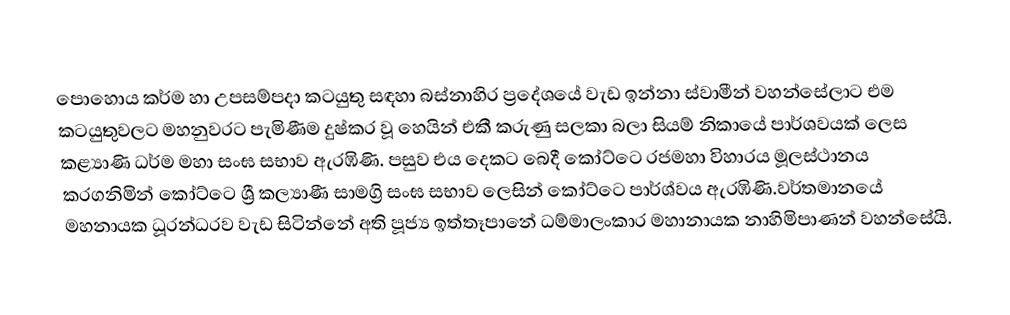
පොහොය කර්ම හා උපසම්පදා කටයුතු සඳහා බස්නාහිර ප්‍රදේශයේ වැඩ ඉන්නා ස්වාමීන් වහන්සේලාට එම කටයුතුවලට මහනුවරට පැමිණීම දුෂ්කර වූ හෙයින් එකී කරුණු සලකා බලා සියම් නිකායේ පාර්ශවයක් ලෙස කළ්‍යාණි ධර්ම මහා සංඝ සභාව ඇරඹිණි. පසුව එය දෙකට බෙදී කෝට්ටෙ  රජමහා විහාරය මූලස්ථානය කරගනිමින් කෝට්ටෙ ශ්‍රී කල්‍යාණී සාමග්‍රි සංඝ සභාව ලෙසින් කෝට්ටෙ පාර්ශ්වය ඇරඹිණි.වර්තමානයේ මහනායක ධූරන්ධරව වැඩ සිටින්නේ අති පූජ්‍ය ඉත්තෑපානේ ධම්මාලංකාර මහානායක නාහිමිපාණන් වහන්සේයි.